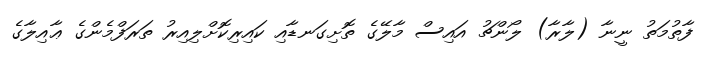
ފާތުމަތު ނީނާ (ލާރާ) ލޯންޗު އައިސް މާލޭގެ ތޮށިގަނޑާއި ކައިރިކޮށްލިއިރު ތަރަފްމެންގެ ޢާއިލާގެ